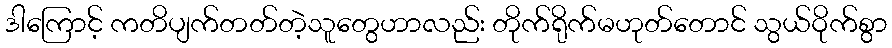
ဒါကြောင့် ကတိပျက်တတ်တဲ့သူတွေဟာလည်း တိုက်ရိုက်မဟုတ်တောင် သွယ်ဝိုက်စွာ